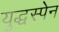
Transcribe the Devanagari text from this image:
युद्धस्पेन